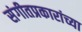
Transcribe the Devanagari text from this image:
संगीतप्रकारांच्या